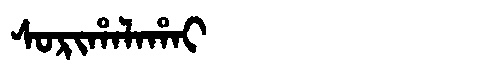
Manchu: ᠰᠣᡵᡳᡥᠠᠯᠠᡥᠠᡳ
Romanization: SORIHALAHAI